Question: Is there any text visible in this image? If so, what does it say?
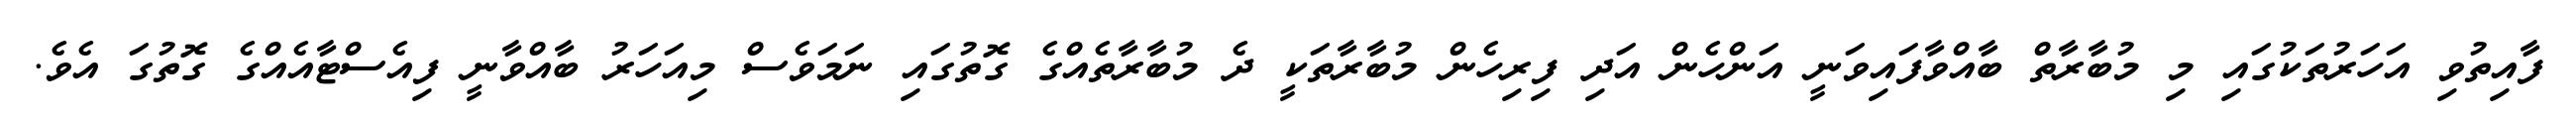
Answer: ފާއިތުވި އަހަރުތަކުގައި މި މުބާރާތް ބާއްވާފައިވަނީ އަންހެން އަދި ފިރިހެން މުބާރާތަކީ ދެ މުބާރާތެއްގެ ގޮތުގައި ނަމަވެސް މިއަހަރު ބާއްވާނީ ފިއެސްޓާއެއްގެ ގޮތުގަ އެވެ.